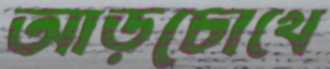
আড়চোখে